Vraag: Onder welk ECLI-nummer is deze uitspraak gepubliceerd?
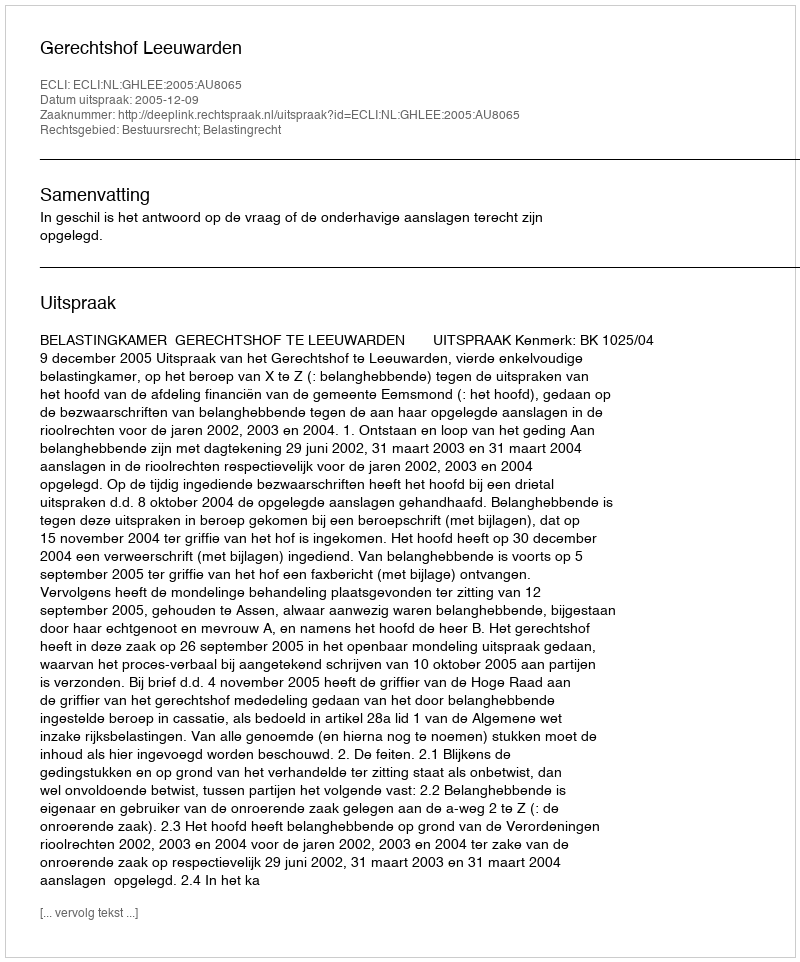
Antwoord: ECLI:NL:GHLEE:2005:AU8065